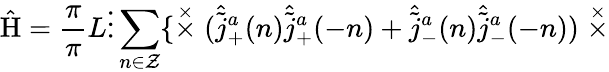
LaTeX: \hat{\mathrm{H}}=\frac{\pi}{\pi}{L}\vdots\sum_{n\in\cal Z}\{ \stackrel{\times}{\times}(\hat{\tilde{j}}_{+}^{a}(n)\hat{\tilde{j}}_{+}^{a}(-n)+\hat{\tilde{j}}_{-}^{a}(n)\hat{\tilde{j}}_{-}^{a}(-n))\stackrel{\times}{\times}